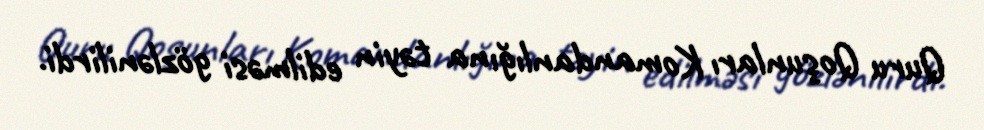
Quru Qoşunları Komandanlığına təyin edilməsi gözlənilirdi.